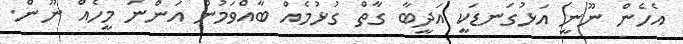
އެހެން ނޫނީ އަޅުގަނޑަކީ އަދީބާ ގާތް ގުޅުމެއް ބާއްވަމުން އަންނަ މީހެއް ނޫން.